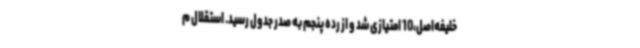
خلیفه‌اصل،10 امتیازی شد و از رده پنجم به صدر جدول رسید. استقلال م